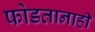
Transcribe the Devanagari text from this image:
फोडतानाही